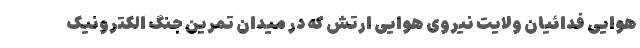
هوایی فدائیان ولایت نیروی هوایی ارتش که در میدان تمرین جنگ الکترونیک